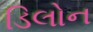
ડિલોન